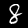
Digit: 8